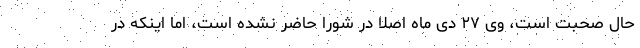
حال صحبت است، وی ۲۷ دی ماه اصلا در شورا حاضر نشده است، اما اینکه در